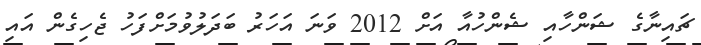
ޗައިނާގެ ޝަންހާއި ޝެންހުއާ އަށް 2012 ވަނަ އަހަރު ބަދަލުވުމަށްފަހު ޖެހިގެން އައި